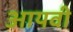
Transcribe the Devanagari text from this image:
आयवी